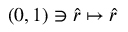
( 0 , 1 ) \ni \hat { r } \mapsto \hat { r }